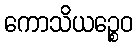
ကောသိယဉ္စေဝ